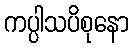
ကပ္ပါသပိစုနော